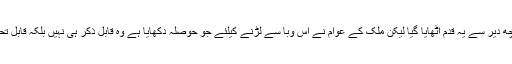
اگر چہ کچھ دیر سے یہ قدم اٹھایا گیا لیکن ملک کے عوام نے اس وبا سے لڑنے کیلئے جو حوصلہ دکھایا ہے وہ قابل ذکر ہی نہیں بلکہ قابل تحسین ہے ۔